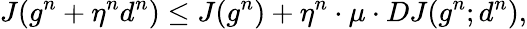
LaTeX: J(g^{n}+\eta^{n}d^{n})\le J(g^{n})+\eta^{n}\cdot\mu\cdot DJ(g^{n};d^{n}),